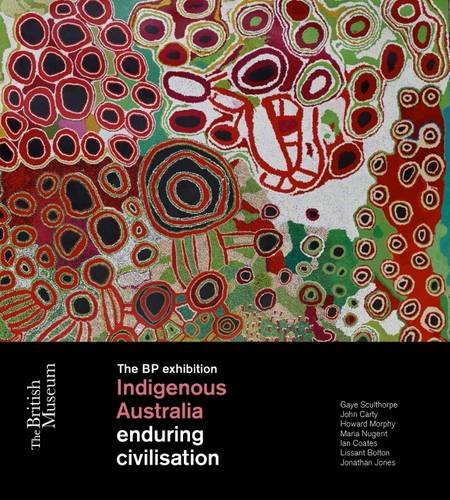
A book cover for Indigenous Australia: Enduring civilisations; History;